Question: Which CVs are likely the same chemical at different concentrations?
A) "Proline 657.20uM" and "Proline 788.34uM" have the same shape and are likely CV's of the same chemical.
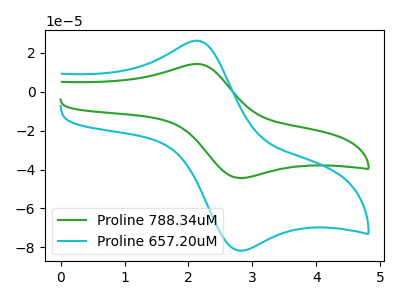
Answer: <think>The green curve "Proline 788.34uM" has an anodic peak at (2.10V, 14.20uA) and a cathodic peak at (2.80V, -44.40uA). The cyan curve "Proline 657.20uM" has an anodic peak at (2.10V, 26.15uA) and a cathodic peak at (2.80V, -81.70uA).
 All the peaks in "Proline 788.34uM" have a peak in "Proline 657.20uM" at the same potential. Every peak in "Proline 788.34uM" is lower than every peak in "Proline 657.20uM".</think>
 <answer>A) "Proline 657.20uM" and "Proline 788.34uM" have the same shape and are likely CV's of the same chemical.</answer>
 <eval>A</eval>